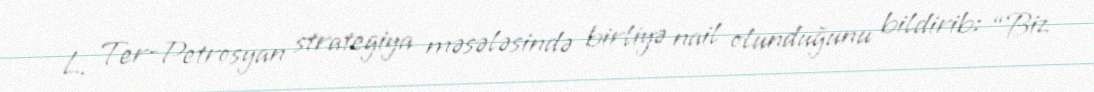
L. Ter-Petrosyan strategiya məsələsində birliyə nail olunduğunu bildirib: “Biz